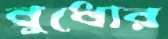
বুধোর